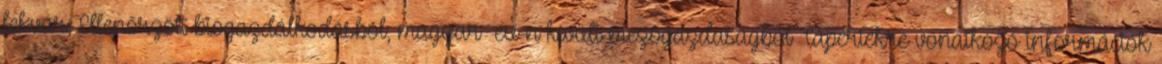
lekvár, Ellenőrzött biogazdálkodásból, magyar eu-n kívüli mezőgazdaságból Tápértékre vonatkozó információk